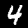
Digit: 4